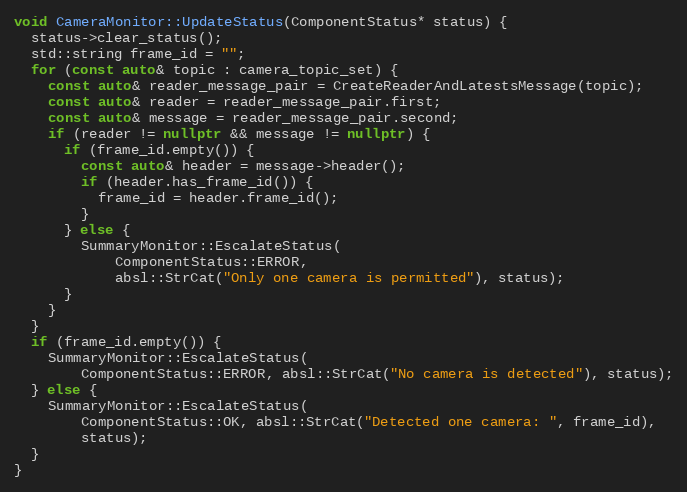
Language: C++
void CameraMonitor::UpdateStatus(ComponentStatus* status) {
  status->clear_status();
  std::string frame_id = "";
  for (const auto& topic : camera_topic_set) {
    const auto& reader_message_pair = CreateReaderAndLatestsMessage(topic);
    const auto& reader = reader_message_pair.first;
    const auto& message = reader_message_pair.second;
    if (reader != nullptr && message != nullptr) {
      if (frame_id.empty()) {
        const auto& header = message->header();
        if (header.has_frame_id()) {
          frame_id = header.frame_id();
        }
      } else {
        SummaryMonitor::EscalateStatus(
            ComponentStatus::ERROR,
            absl::StrCat("Only one camera is permitted"), status);
      }
    }
  }
  if (frame_id.empty()) {
    SummaryMonitor::EscalateStatus(
        ComponentStatus::ERROR, absl::StrCat("No camera is detected"), status);
  } else {
    SummaryMonitor::EscalateStatus(
        ComponentStatus::OK, absl::StrCat("Detected one camera: ", frame_id),
        status);
  }
}